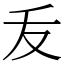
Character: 叐